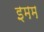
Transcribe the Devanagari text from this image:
इमम